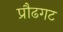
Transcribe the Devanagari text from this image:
प्रौढगट